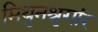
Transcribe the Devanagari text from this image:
मिथुनश्रृगांर